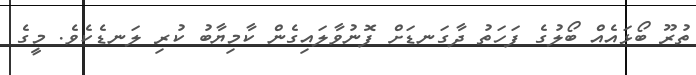
ތުރޫ ބޯޅައެއް ބޯލުގެ ފަހަތު ދާގަނޑަށް ފޮނުވާލައިގެން ކާމިޔާބު ކުރި ލަނޑެކެވެ. މީގެ